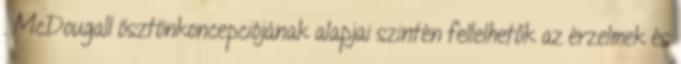
. McDougall ösztönkoncepciójának alapjai szintén fellelhetők az érzelmek és